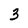
Character: 3